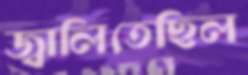
জ্বালিতেছিল